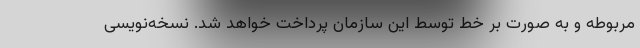
مربوطه و به صورت بر خط توسط این سازمان پرداخت خواهد شد. نسخه‌نویسی